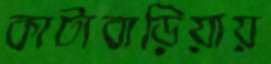
কাটাবাড়িয়ায়